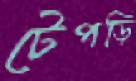
টেপড়ি